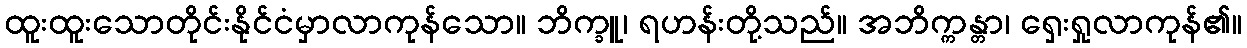
ထူးထူးသောတိုင်းနိုင်ငံမှာလာကုန်သော။ ဘိက္ခူ၊ ရဟန်းတို့သည်။ အဘိက္ကန္တာ၊ ရှေးရှုလာကုန်၏။